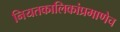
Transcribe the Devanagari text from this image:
नियतकालिकांप्रमाणेच